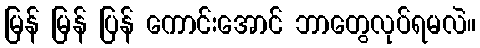
မြန် မြန် ပြန် ကောင်းအောင် ဘာတွေလုပ်ရမလဲ။